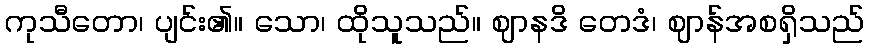
ကုသီတော၊ ပျင်း၏။ သော၊ ထိုသူသည်။ ဈာနဒိ တေဒံ၊ ဈာန်အစရှိသည်